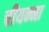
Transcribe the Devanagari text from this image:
चीयन्ना